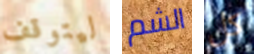
ليتوقف الشم كل